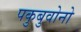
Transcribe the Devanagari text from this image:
पकुबुवोनो